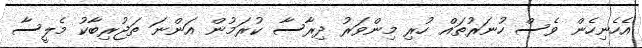
އެހެނިހެން ވެސް ހުނަރުތައް ހުރި މިންވަރު ދިރާސާ ކުރަމުން އަންނަ ތަޖުރިބާކު މެލީސާ